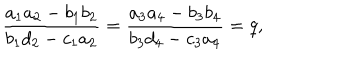
LaTeX: \frac { a _ { 1 } a _ { 2 } - b _ { 1 } b _ { 2 } } { b _ { 1 } d _ { 2 } - c _ { 1 } a _ { 2 } } = \frac { a _ { 3 } a _ { 4 } - b _ { 3 } b _ { 4 } } { b _ { 3 } d _ { 4 } - c _ { 3 } a _ { 4 } } = q ,